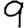
Digit: 9